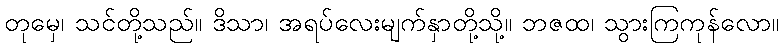
တုမှေ၊ သင်တို့သည်။ ဒိသာ၊ အရပ်လေးမျက်နှာတို့သို့။ ဘဇထ၊ သွားကြကုန်လော။